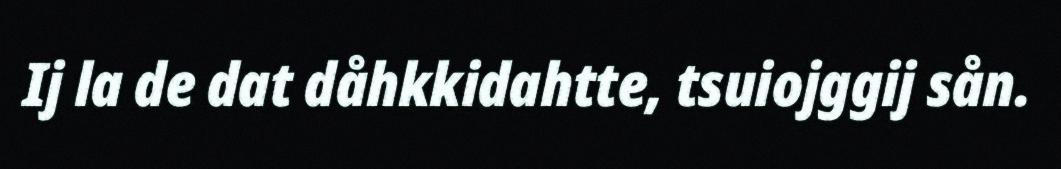
Ij la de dat dåhkkidahtte, tsuiojggij sån.